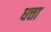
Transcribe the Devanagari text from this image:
धत्ता